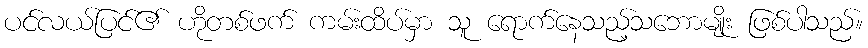
ပင်လယ်ပြင်၏ ဟိုတစ်ဖက် ကမ်းထိပ်မှာ သူ ရောက်နေသည့်သဘောမျိုး ဖြစ်ပါသည်။